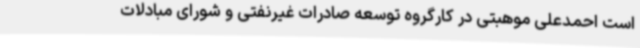
است احمدعلی موهبتی در کارگروه توسعه صادرات غیرنفتی و شورای مبادلات